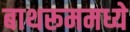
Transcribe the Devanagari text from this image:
बाथरूममध्ये